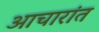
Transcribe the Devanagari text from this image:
आचारांत